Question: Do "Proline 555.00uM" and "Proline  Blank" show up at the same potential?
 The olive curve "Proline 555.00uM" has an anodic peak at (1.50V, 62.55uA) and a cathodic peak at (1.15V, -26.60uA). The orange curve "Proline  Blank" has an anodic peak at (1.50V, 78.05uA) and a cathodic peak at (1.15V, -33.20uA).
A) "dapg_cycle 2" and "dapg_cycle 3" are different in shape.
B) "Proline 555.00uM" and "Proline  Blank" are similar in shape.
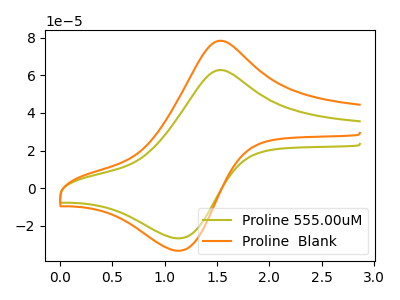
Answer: <think>All the peaks in "Proline 555.00uM" have a peak in "Proline  Blank" at the same potential. Every peak in "Proline 555.00uM" is lower than every peak in "Proline  Blank".
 </think>
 <answer>B) "Proline 555.00uM" and "Proline  Blank" are similar in shape.</answer>
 <eval>B</eval>